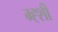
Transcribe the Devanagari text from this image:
म्ह्शी